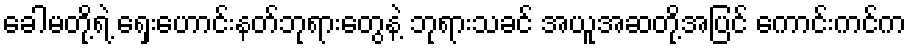
ခေါမတို့ရဲ့ ရှေးဟောင်းနတ်ဘုရားတွေနဲ့ ဘုရားသခင် အယူအဆတို့အပြင် ကောင်းကင်က